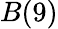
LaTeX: B(9)